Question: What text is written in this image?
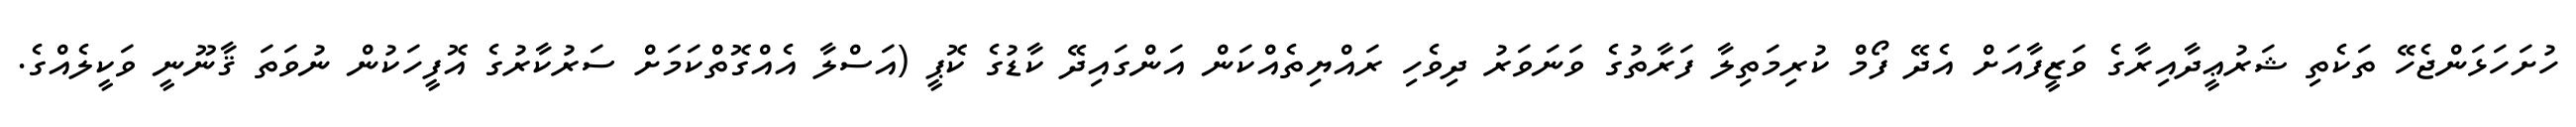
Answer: ހުށަހަޅަންޖެހޭ ތަކެތި ޝަރުޢީދާއިރާގެ ވަޒީފާއަށް އެދޭ ފޯމް ކުރިމަތިލާ ފަރާތުގެ ވަނަވަރު ދިވެހި ރައްޔިތެއްކަން އަންގައިދޭ ކާޑުގެ ކޮޕީ (އަސްލާ އެއްގޮތްކަމަށް ސަރުކާރުގެ އޮފީހަކުން ނުވަތަ ޤާނޫނީ ވަކީލެއްގެ.